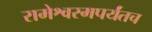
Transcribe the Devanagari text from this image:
रामेश्वरमपर्यंतच